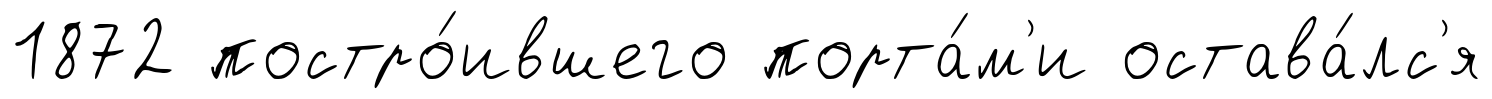
1872 постро́ившего порта́м'и остава́лс'я